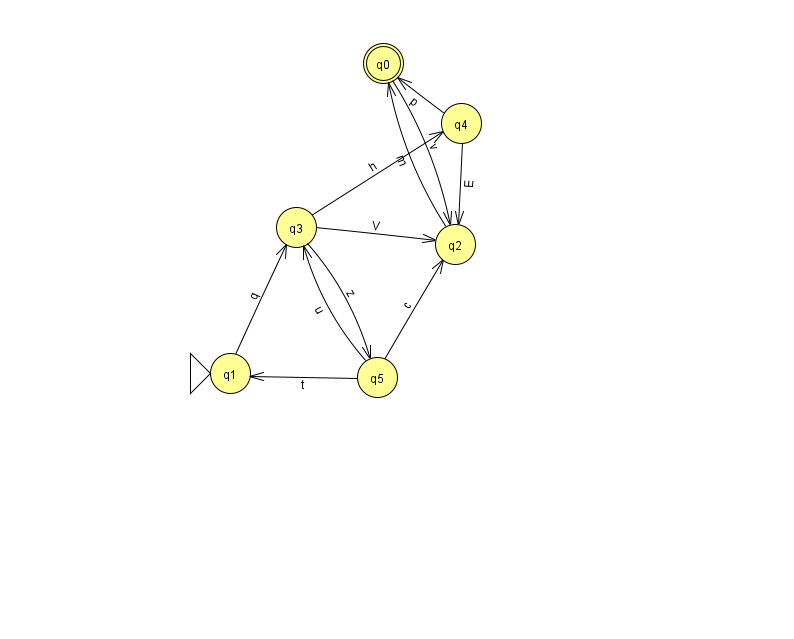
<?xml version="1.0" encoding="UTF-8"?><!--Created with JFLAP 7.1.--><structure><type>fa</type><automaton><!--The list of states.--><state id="0" name="q0"><x>383.0</x><y>50.0</y><final/></state><state id="1" name="q1"><x>230.0</x><y>360.0</y><initial/></state><state id="2" name="q2"><x>455.0</x><y>231.0</y></state><state id="3" name="q3"><x>296.0</x><y>214.0</y></state><state id="4" name="q4"><x>461.0</x><y>110.0</y></state><state id="5" name="q5"><x>377.0</x><y>364.0</y></state><!--The list of transitions.--><transition><from>4</from><to>2</to><read>E</read></transition><transition><from>0</from><to>2</to><read>v</read></transition><transition><from>5</from><to>3</to><read>u</read></transition><transition><from>3</from><to>4</to><read>h</read></transition><transition><from>4</from><to>0</to><read>p</read></transition><transition><from>1</from><to>3</to><read>q</read></transition><transition><from>5</from><to>2</to><read>c</read></transition><transition><from>3</from><to>5</to><read>z</read></transition><transition><from>3</from><to>2</to><read>V</read></transition><transition><from>5</from><to>1</to><read>t</read></transition><transition><from>2</from><to>0</to><read>m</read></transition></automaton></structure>